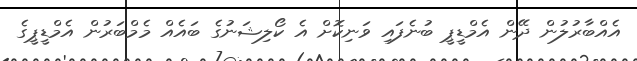
އެއްބާރުލުން ދޭން އެމްޑީޕީ ބުނެފައި ވަނިކޮށް އެ ކޯލިޝަނުގެ ބައެއް މެމްބަރުން އެމްޑީޕީގެ